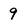
Character: 9